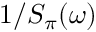
1 / S _ { \pi } ( \omega )